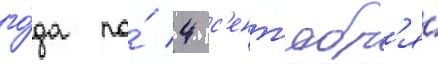
го́да по́ 4 с'ент'ябр'я́